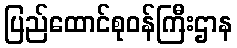
ပြည်ထောင်စုဝန်ကြီးဌာန